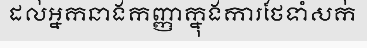
ដល់អ្នកនាងកញ្ញាក្នុងការថែទាំសក់